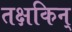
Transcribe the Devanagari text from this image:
तक्षकिन्